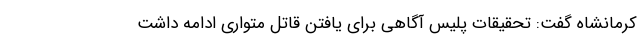
کرمانشاه گفت: تحقیقات پلیس آگاهی برای یافتن قاتل متواری ادامه داشت